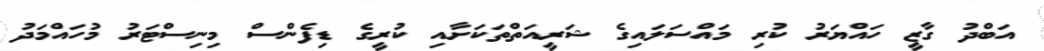
އަބްދު ގާޒީ ހައްޔަރު ކުރި މައްސަލައިގެ ޝަރީއަތްތަކަށާއި ކުރީގެ ޑިފެންސް މިނިސްޓަރު މުހައްމަދު